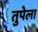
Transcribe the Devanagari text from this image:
तुपेला